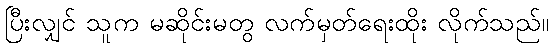
ပြီးလျှင် သူက မဆိုင်းမတွ လက်မှတ်ရေးထိုး လိုက်သည်။